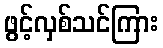
ဖွင့်လှစ်သင်ကြား